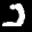
Label: 2